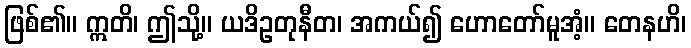
ဖြစ်၏။ ဣတိ၊ ဤသို့။ ယဒိဥတုနီတ၊ အကယ်၍ ဟောတော်မူအံ့။ တေနဟိ၊